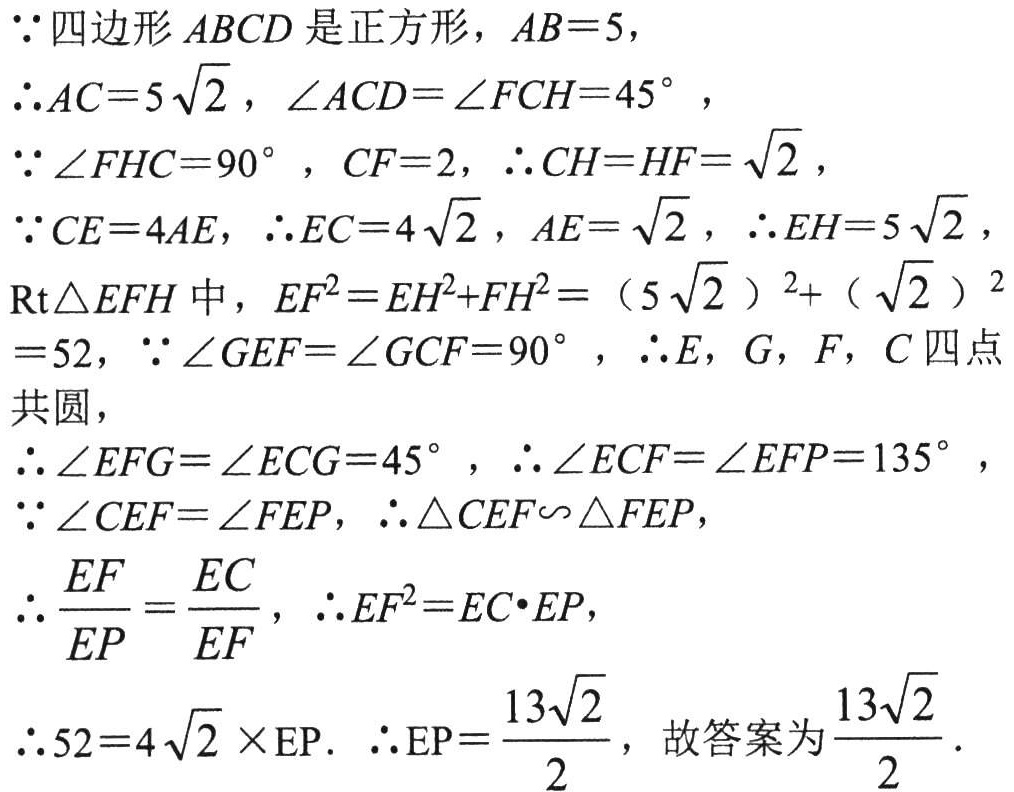
\(
\begin{align*}
&\because \text{四边形}ABCD\text{是正方形，}AB = 5,\\
&\therefore AC = 5\sqrt{2},\angle ACD=\angle FCH = 45^{\circ},\\
&\because \angle FHC = 90^{\circ},CF = 2,\therefore CH=HF=\sqrt{2},\\
&\because CE = 4AE,\therefore EC = 4\sqrt{2},AE=\sqrt{2},\therefore EH = 5\sqrt{2},\\
&\text{Rt}\triangle EFH\text{中，}EF^{2}=EH^{2}+FH^{2}=(5\sqrt{2})^{2}+(\sqrt{2})^{2}=52,\\
&\because \angle GEF=\angle GCF = 90^{\circ},\therefore E,G,F,C\text{四点共圆},\\
&\therefore \angle EFG=\angle ECG = 45^{\circ},\therefore \angle ECF=\angle EFP = 135^{\circ},\\
&\because \angle CEF=\angle FEP,\therefore \triangle CEF\sim\triangle FEP,\\
&\therefore \frac{EF}{EP}=\frac{EC}{EF},\therefore EF^{2}=EC\cdot EP,\\
&\therefore 52 = 4\sqrt{2}\times\text{EP}.\ \therefore \text{EP}=\frac{13\sqrt{2}}{2},\text{故答案为}\frac{13\sqrt{2}}{2}.
\end{align*}
\)